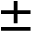
\pm